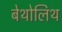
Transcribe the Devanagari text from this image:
बेथोलिथ